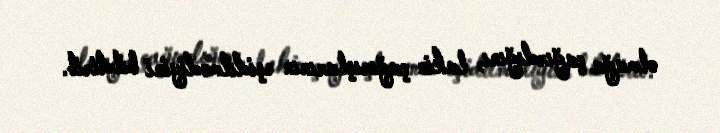
olmağa çağırdığını, lakin çağırışlarının eşidilmədiyini bildirib.